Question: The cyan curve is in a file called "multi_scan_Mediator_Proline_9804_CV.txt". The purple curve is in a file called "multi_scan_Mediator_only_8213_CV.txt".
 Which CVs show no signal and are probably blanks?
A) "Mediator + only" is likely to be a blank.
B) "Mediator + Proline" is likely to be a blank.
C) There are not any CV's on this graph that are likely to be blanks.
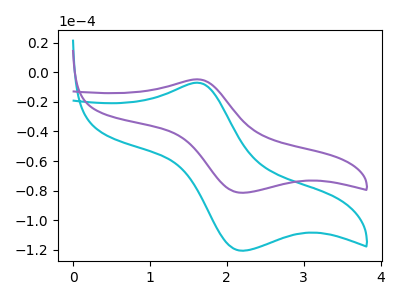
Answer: <think>The cyan curve "Mediator + Proline" has an anodic peak at (1.60V, -7.05uA) and a cathodic peak at (2.20V, -120.70uA). The purple curve "Mediator + only" has an anodic peak at (1.60V, -4.75uA) and a cathodic peak at (2.20V, -81.50uA).</think>
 <answer>C) There are not any CV's on this graph that are likely to be blanks.</answer>
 <eval>C</eval>